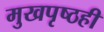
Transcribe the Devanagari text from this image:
मुखपृष्ठही